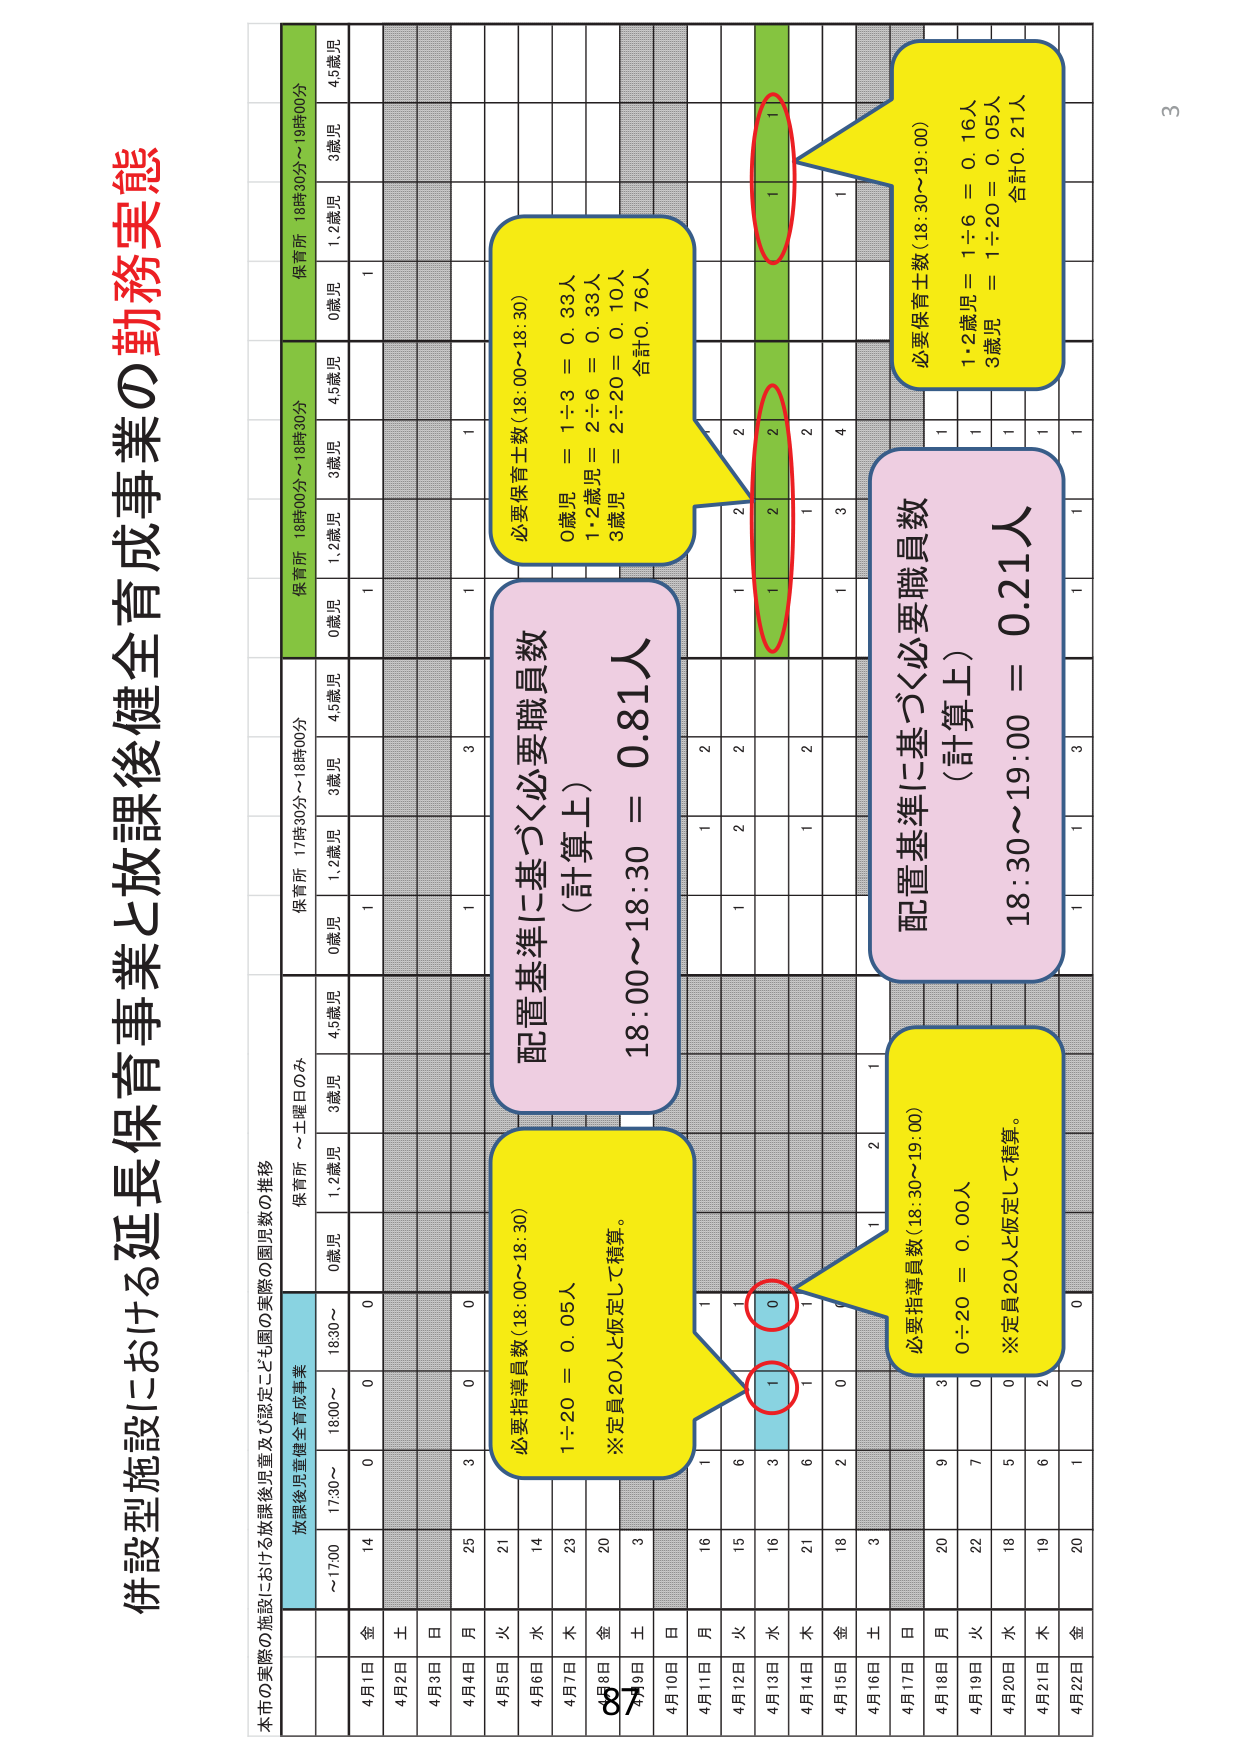
併設型施設における延長保育事業と放課後健全育成事業の勤務実態

本市の実際の施設における放課後児童及び認定こども園の実際の園児数の推移

放課後児童健全育成事業
～17:00  17:30～  18:00～  18:30～
保育所 ～土曜日のみ
保育所 17時30分～18時00分
保育所 18時00分～18時30分
保育所 18時30分～19時00分

0歳児  1,2歳児  3歳児  4,5歳児  0歳児  1,2歳児  3歳児  4,5歳児  0歳児  1,2歳児  3歳児  4,5歳児  0歳児  1,2歳児  3歳児  4,5歳児

4月1日 金 14 0 0 0 1 1 1 1
4月2日 土 1 1
4月3日 日
4月4日 月 25 0 1 1
4月5日 火 21 3
4月6日 水 14
4月7日 木 23
4月8日 金 20
4月9日 土 3
4月10日 日
4月11日 月 16 1 1 2 2 2 2 2
4月12日 火 15 6 1 2 2 2 2 2
4月13日 水 16 3 1 0 1 1 1 1
4月14日 木 21 6 1 2 2 2 2 2
4月15日 金 18 2 0 1 3 4 1
4月16日 土 3 1 1 1 1
4月17日 日
4月18日 月 20 9 1 1 1 1 1 1
4月19日 火 22 7 0 1 1 1 1 1
4月20日 水 18 5 0 1 1 1 1 1
4月21日 木 19 6 2 1 1 1 1 1
4月22日 金 20 1 0 1 1 1 1 1

必要指導員数（18:00～18:30）
1÷20 = 0.05人
※定員20人と仮定して積算。

配置基準に基づく必要職員数
（計算上）
18:00～18:30 = 0.81人

必要保育士数（18:00～18:30）
0歳児 = 1÷3 = 0.33人
1・2歳児 = 2÷6 = 0.33人
3歳児 = 2÷20 = 0.10人
合計0.76人

配置基準に基づく必要職員数
（計算上）
18:30～19:00 = 0.21人

必要保育士数（18:30～19:00）
1・2歳児 = 1÷6 = 0.16人
3歳児 = 1÷20 = 0.05人
合計0.21人

必要指導員数（18:30～19:00）
0÷20 = 0.00人
※定員20人と仮定して積算。

3